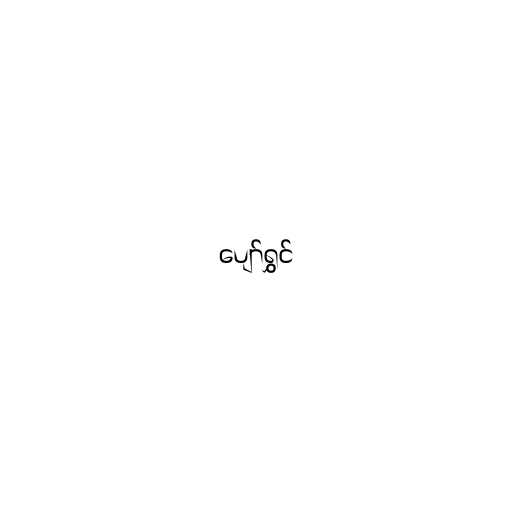
ပျော်ရွှင်